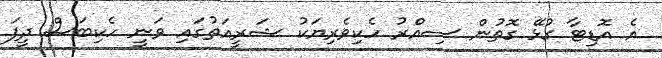
އެ އޮޑިޓާ ގުޅޭ ގޮތުން ސިއްރު ހެކިވެރިޔަކު ޝަރީއަތުގައި ވަނީ ހެކިބަސް ދީފަ